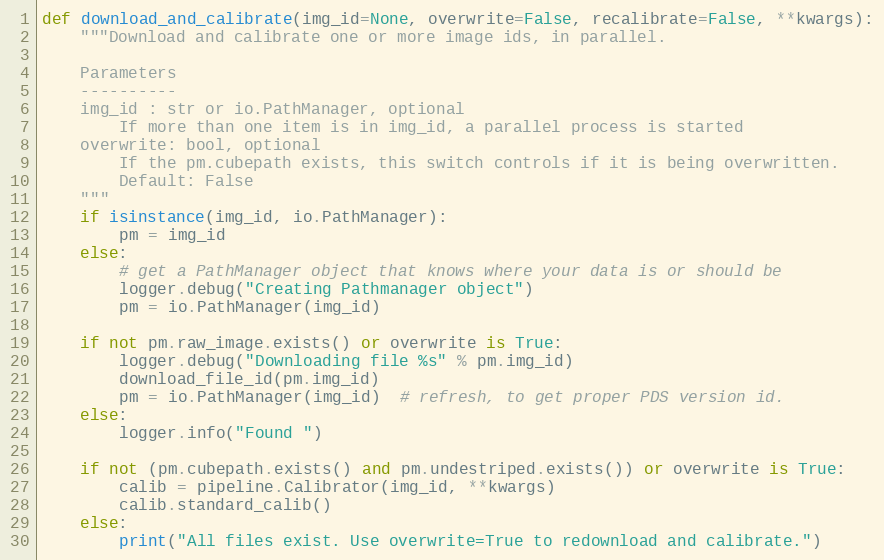
Language: Python
def download_and_calibrate(img_id=None, overwrite=False, recalibrate=False, **kwargs):
    """Download and calibrate one or more image ids, in parallel.

    Parameters
    ----------
    img_id : str or io.PathManager, optional
        If more than one item is in img_id, a parallel process is started
    overwrite: bool, optional
        If the pm.cubepath exists, this switch controls if it is being overwritten.
        Default: False
    """
    if isinstance(img_id, io.PathManager):
        pm = img_id
    else:
        # get a PathManager object that knows where your data is or should be
        logger.debug("Creating Pathmanager object")
        pm = io.PathManager(img_id)

    if not pm.raw_image.exists() or overwrite is True:
        logger.debug("Downloading file %s" % pm.img_id)
        download_file_id(pm.img_id)
        pm = io.PathManager(img_id)  # refresh, to get proper PDS version id.
    else:
        logger.info("Found ")

    if not (pm.cubepath.exists() and pm.undestriped.exists()) or overwrite is True:
        calib = pipeline.Calibrator(img_id, **kwargs)
        calib.standard_calib()
    else:
        print("All files exist. Use overwrite=True to redownload and calibrate.")